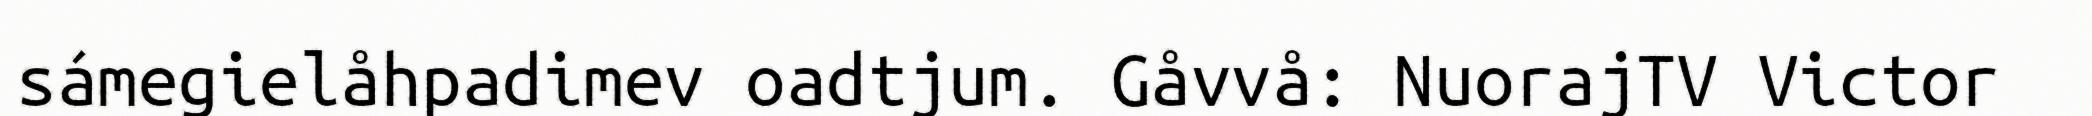
sámegielåhpadimev oadtjum. Gåvvå: NuorajTV Victor